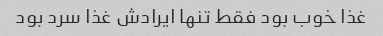
غذا خوب بود فقط تنها ایرادش غذا سرد بود